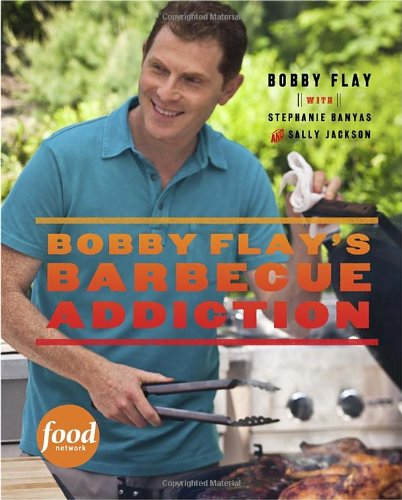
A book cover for Bobby Flay's Barbecue Addiction; Bobby Flay; Cookbooks, Food & Wine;